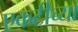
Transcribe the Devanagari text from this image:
एकटीच्या